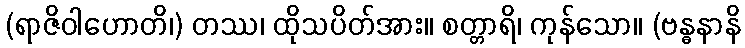
(ရာဇိဝါဟောတိ၊) တဿ၊ ထိုသပိတ်အား။ စတ္တာရိ၊ ကုန်သော။ (ဗန္ဓနာနိ